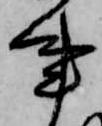
事